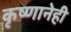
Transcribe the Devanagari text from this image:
कृष्णानेही